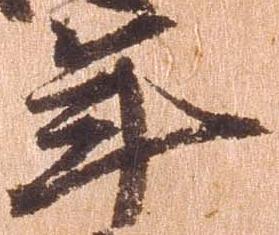
年